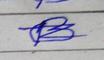
Signature authenticity: forged